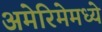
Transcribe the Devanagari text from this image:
अमेरिमेमध्ये